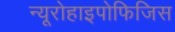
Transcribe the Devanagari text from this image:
न्यूरोहाइपोफिजिस